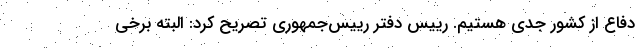
دفاع از کشور جدی هستیم. رییس دفتر رییس‌جمهوری تصریح کرد: البته برخی